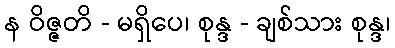
န ဝိဇ္ဇတိ - မရှိပေ၊ စုန္ဒ - ချစ်သား စုန္ဒ၊